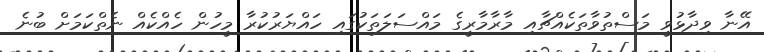
އޭނާ ވިދާޅުވީ މަސްތުވާތަކެއްޗާއި މާރާމާރީގެ މައްސަލަތަކުގައި ހައްޔަރުކުރާ މީހުން ހެއްކެއް ނެތްކަމަށް ބުނެ